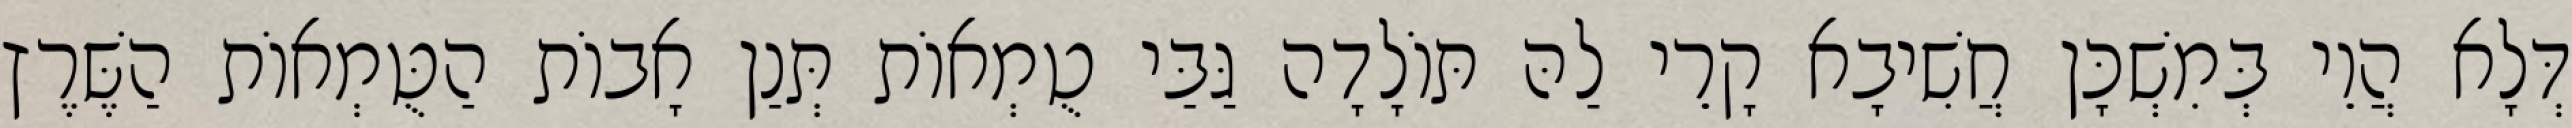
דְּלָא הֲוֵי בְּמִשְׁכָּן חֲשִׁיבָא קָרֵי לַהּ תּוֹלָדָה גַּבַּי טֻמְאוֹת תְּנַן אָבוֹת הַטֻּמְאוֹת הַשֶּׁרֶץ